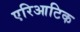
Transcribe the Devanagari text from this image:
एरिआटिक